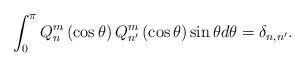
LaTeX: \begin{align*}\int_{0}^{\pi} Q_{n}^{m} \left( \cos\theta\right) Q_{n'}^{m}\left( \cos\theta\right) \sin \theta d\theta= \delta_{n,n'}.\end{align*}